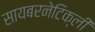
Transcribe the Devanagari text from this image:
सायबरनेटिक्ली